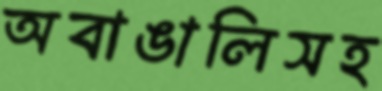
অবাঙালিসহ